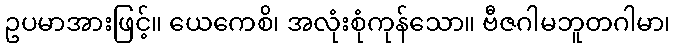
ဥပမာအားဖြင့်။ ယေကေစိ၊ အလုံးစုံကုန်သော။ ဗီဇဂါမဘူတဂါမာ၊